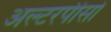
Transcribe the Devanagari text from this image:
अल्टरपीसों